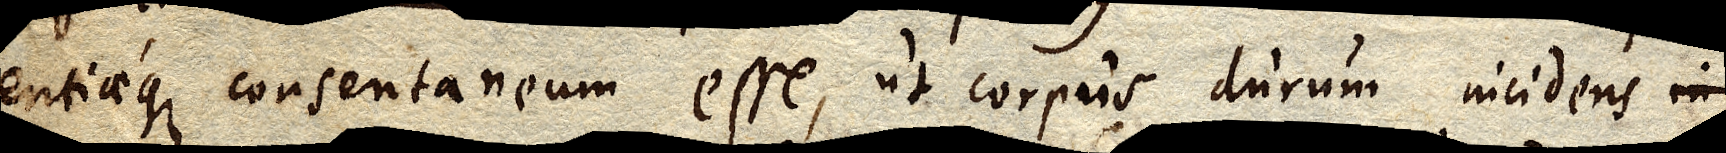
entiaeque consentaneum esse, ut corpus durum incidens in